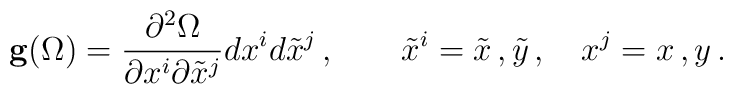
{\bf g}(\Omega) = {\partial^2\Omega\over\partial x^i \partial {\tilde x^j}} dx^i d{\tilde x}^j\,,\quad\quad{\tilde x}^i = {\tilde x}\,,{\tilde y}\,,\quad x^j = x\,,y\,.